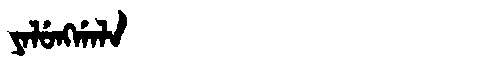
Manchu: ᠶᠠᠯᡠᠩᡤᠠᠯᠠ
Romanization: YALUNGGALA